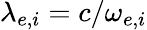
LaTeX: \lambda_{e,i}=c/\omega_{e,i}